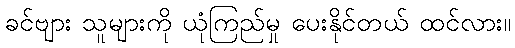
ခင်ဗျား သူများကို ယုံကြည်မှု ပေးနိုင်တယ် ထင်လား။